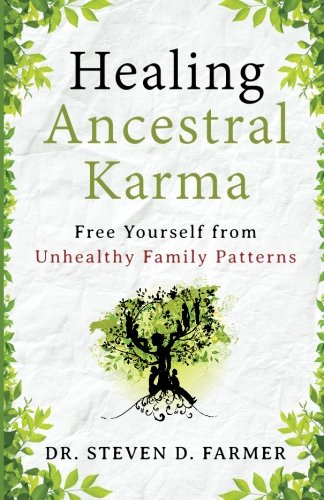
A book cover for Healing Ancestral Karma: Free Yourself from Unhealthy Family Patterns; Dr. Steven Farmer; Religion & Spirituality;